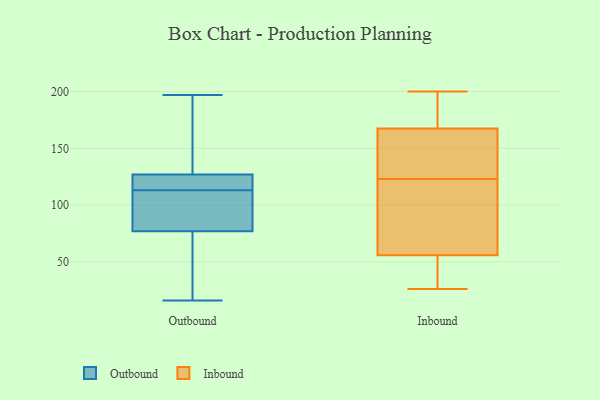
{"axis": {"x": "Demand Index", "y": "Value"}, "legend": ["Inbound", "Outbound"], "data": [{"x": "", "y": 127, "type": "Outbound"}, {"x": "", "y": 121, "type": "Outbound"}, {"x": "", "y": 143, "type": "Outbound"}, {"x": "", "y": 64, "type": "Outbound"}, {"x": "", "y": 87, "type": "Outbound"}, {"x": "", "y": 112, "type": "Outbound"}, {"x": "", "y": 77, "type": "Outbound"}, {"x": "", "y": 197, "type": "Outbound"}, {"x": "", "y": 122, "type": "Outbound"}, {"x": "", "y": 16, "type": "Outbound"}, {"x": "", "y": 95, "type": "Outbound"}, {"x": "", "y": 18, "type": "Outbound"}, {"x": "", "y": 114, "type": "Outbound"}, {"x": "", "y": 153, "type": "Outbound"}, {"x": "", "y": 130, "type": "Inbound"}, {"x": "", "y": 48, "type": "Inbound"}, {"x": "", "y": 196, "type": "Inbound"}, {"x": "", "y": 151, "type": "Inbound"}, {"x": "", "y": 67, "type": "Inbound"}, {"x": "", "y": 182, "type": "Inbound"}, {"x": "", "y": 123, "type": "Inbound"}, {"x": "", "y": 200, "type": "Inbound"}, {"x": "", "y": 166, "type": "Inbound"}, {"x": "", "y": 34, "type": "Inbound"}, {"x": "", "y": 70, "type": "Inbound"}, {"x": "", "y": 50, "type": "Inbound"}, {"x": "", "y": 145, "type": "Inbound"}, {"x": "", "y": 26, "type": "Inbound"}, {"x": "", "y": 97, "type": "Inbound"}, {"x": "", "y": 168, "type": "Inbound"}, {"x": "", "y": 178, "type": "Inbound"}, {"x": "", "y": 52, "type": "Inbound"}, {"x": "", "y": 94, "type": "Inbound"}]}